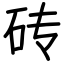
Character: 砖